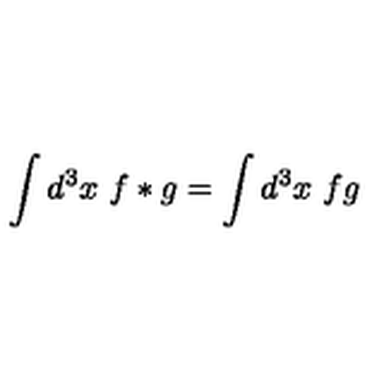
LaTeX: \int d ^ { 3 } x \ f * g = \int d ^ { 3 } x \ f g